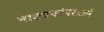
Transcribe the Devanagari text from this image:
नाट्यपरंपराओं